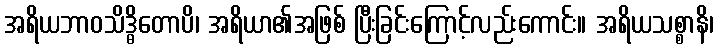
အရိယဘာဝသိဒ္ဓိတောပိ၊ အရိယာ၏အဖြစ် ပြီးခြင်းကြောင့်လည်းကောင်း။ အရိယသစ္စာနိ၊